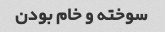
سوخته و خام بودن